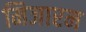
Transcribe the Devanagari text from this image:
मिजारम